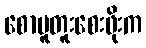
စောမူတူးစေးဖိုးက